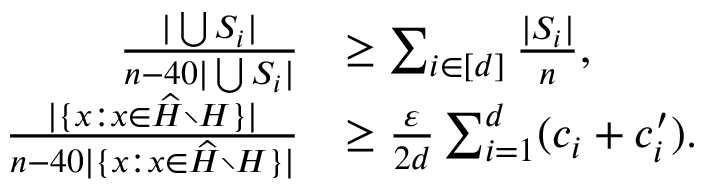
\begin{array} { r l } { \frac { | \bigcup S _ { i } | } { n - 4 0 | \bigcup S _ { i } | } } & { \ge \sum _ { i \in [ d ] } \frac { | S _ { i } | } { n } , } \\ { \frac { | \{ x : x \in \widehat H \setminus H \} | } { n - 4 0 | \{ x : x \in \widehat H \setminus H \} | } } & { \ge \frac { \varepsilon } { 2 d } \sum _ { i = 1 } ^ { d } ( c _ { i } + c _ { i } ^ { \prime } ) . } \end{array}